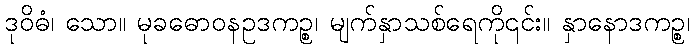
ဒုဝိဓံ၊ သော။ မုခဓောဝနဥဒကဉ္စ၊ မျက်နှာသစ်ရေကို၎င်း။ နှာနောဒကဉ္စ၊